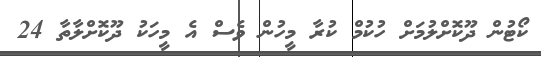
ކޯޓުން ދޫކޮށްލުމަށް ހުކުމް ކުރާ މީހުން ވެސް އެ މީހަކު ދޫކޮށްލާތާ 24